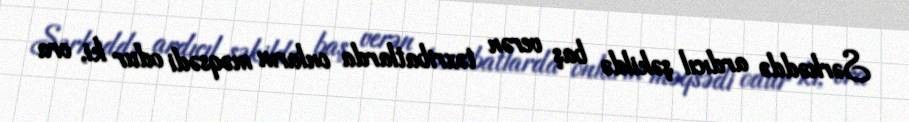
Sərhəddə ardıcıl şəkildə baş verən təxribatlarda onların məqsədi odur ki, ora